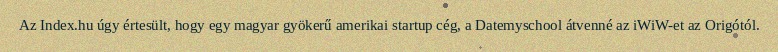
Az Index.hu úgy értesült, hogy egy magyar gyökerű amerikai startup cég, a Datemyschool átvenné az iWiW-et az Origótól.